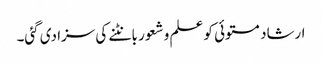
ارشاد مستوئی کو علم و شعور بانٹنے کی سزا دی گئی۔